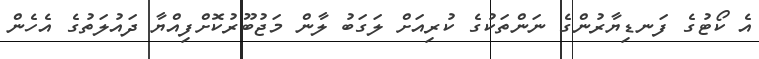
އެ ކޯޓުގެ ފަނޑިޔާރުންގެ ނަންތަކުގެ ކުރިއަށް ލަގަބު ލާން މަޖުބޫރުކޮށްފިއްޔާ ދައުލަތުގެ އެހެން